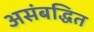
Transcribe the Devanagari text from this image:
असंबद्धित